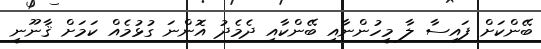
ބޭންކަށް ފައިސާ ލާ މީހުންނާއި ބޭންކާއި ދެމެދު އޮންނަ ގުޅުމެއް ކަމަށް ޤާނޫނީ